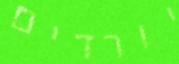
יורדים